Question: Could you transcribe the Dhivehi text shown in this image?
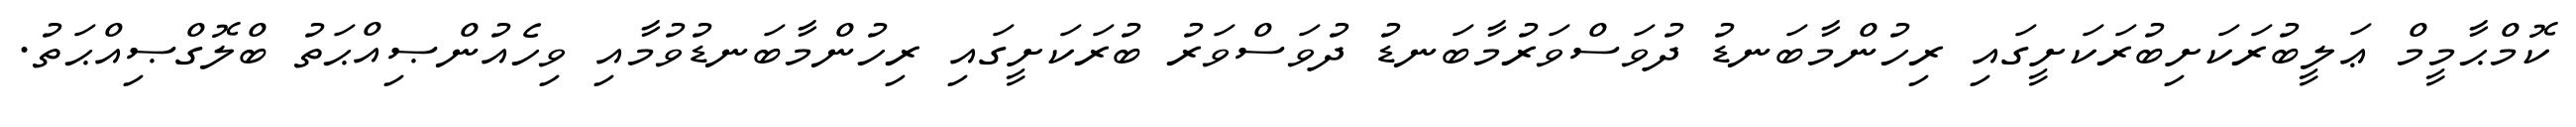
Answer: ކޮމްޙާމީމް ޢަލީބުރަކަށިބުރަކަށީގައި ރިހުންމާބަނޑު ދުވަސްވަރުމާބަނޑު ދުވަސްވަރު ބުރަކަށީގައި ރިހުންމާބަނޑުވުމާއި ވިހެއުންޞިއްޙަތު ބްލޮގްޞިއްޙަތު.